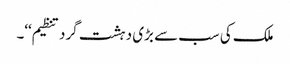
ملک کی سب سے بڑی دہشت گرد تنظیم‘‘۔